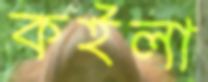
কইলা